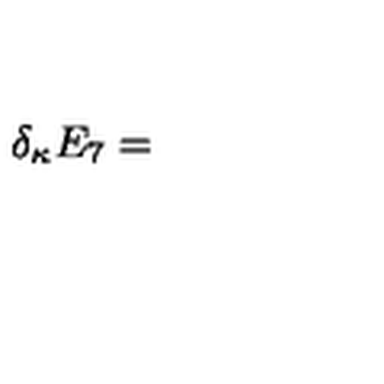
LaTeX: \delta _ { \kappa } E _ { 7 } =